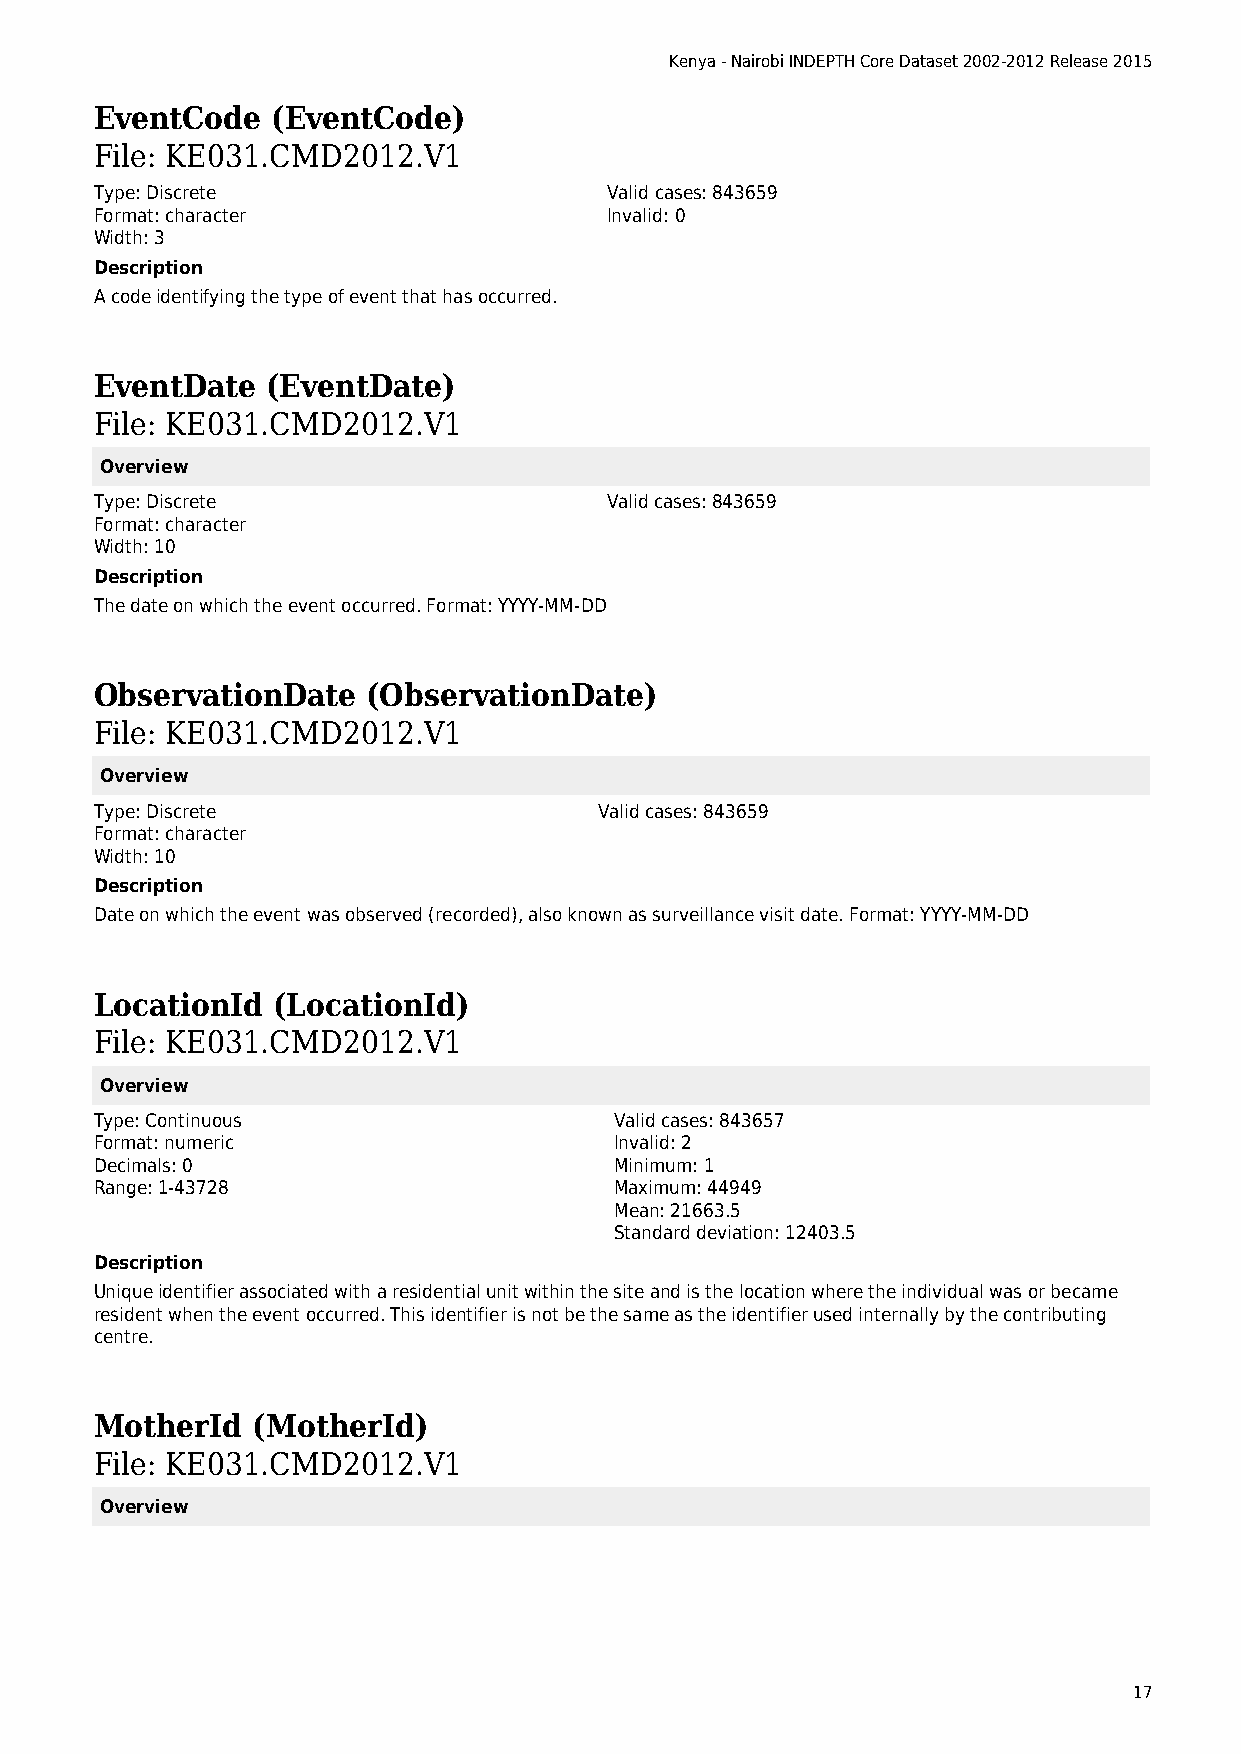
Kenya - Nairobi INDEPTH Core Dataset 2002-2012 Release 2015
 EventCode   (EventCode)
 File: KE031.CMD2012.V1
 Type: Discrete                    Valid cases: 843659
 Format: character                 Invalid: 0
 Width: 3
 Description
 A code identifying the type of event that has occurred.
 EventDate   (EventDate)
 File: KE031.CMD2012.V1
 Overview
 Type: Discrete                    Valid cases: 843659
 Format: character
 Width: 10
 Description
 The date on which the event occurred. Format: YYYY-MM-DD
 ObservationDate   (ObservationDate)
 File: KE031.CMD2012.V1
 Overview
 Type: Discrete                    Valid cases: 843659
 Format: character
 Width: 10
 Description
 Date on which the event was observed (recorded), also known as surveillance visit date. Format: YYYY-MM-DD
 LocationId  (LocationId)
 File: KE031.CMD2012.V1
 Overview
 Type: Continuous                   Valid cases: 843657
 Format: numeric                    Invalid: 2
 Decimals: 0                        Minimum: 1
 Range: 1-43728                     Maximum: 44949
 Mean: 21663.5
 Standard deviation: 12403.5
 Description
 Unique identifier associated with a residential unit within the site and is the location where the individual was or became
 resident when the event occurred. This identifier is not be the same as the identifier used internally by the contributing
 centre.
 MotherId   (MotherId)
 File: KE031.CMD2012.V1
 Overview
 17